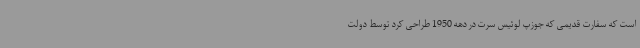
است که سفارت قدیمی که جوزپ لوئیس سرت در دهه 1950 طراحی کرد توسط دولت